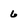
Character: 6